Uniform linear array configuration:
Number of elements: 16
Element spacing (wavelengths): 0.25
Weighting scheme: uniform
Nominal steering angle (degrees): -60
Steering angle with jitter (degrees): -60.884
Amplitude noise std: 0.05
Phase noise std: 0.05

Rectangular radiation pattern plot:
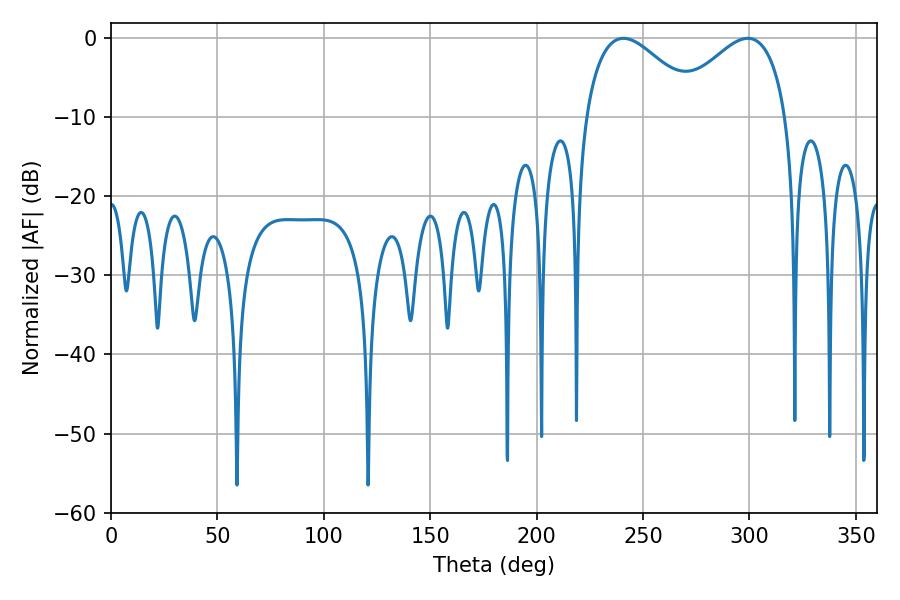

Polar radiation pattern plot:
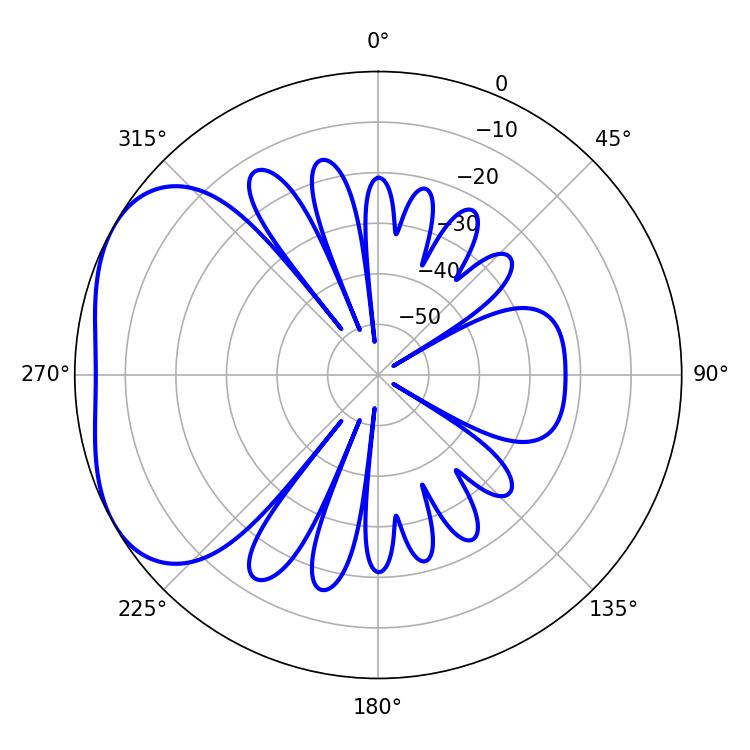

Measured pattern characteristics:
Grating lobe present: FALSE
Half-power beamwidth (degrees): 29.34
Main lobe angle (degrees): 240.84